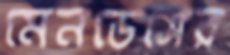
মেনডেসের